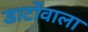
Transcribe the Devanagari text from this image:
डाटोंवाला